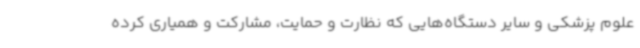
علوم پزشکی و سایر دستگاه‌هایی که نظارت و حمایت، مشارکت و همیاری کرده‌